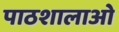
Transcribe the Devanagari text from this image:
पाठशालाओ